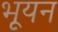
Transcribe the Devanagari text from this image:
भूयन